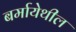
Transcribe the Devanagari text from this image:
बर्मायेथील